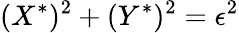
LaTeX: (X^{*})^{2}+(Y^{*})^{2}=\epsilon^{2}